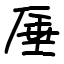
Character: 厜